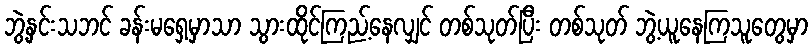
ဘွဲ့နှင်းသဘင် ခန်းမရှေ့မှာသာ သွားထိုင်ကြည့်နေလျှင် တစ်သုတ်ပြီး တစ်သုတ် ဘွဲ့ယူနေကြသူတွေမှာ